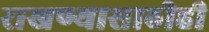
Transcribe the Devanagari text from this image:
राखण्यासाठीही